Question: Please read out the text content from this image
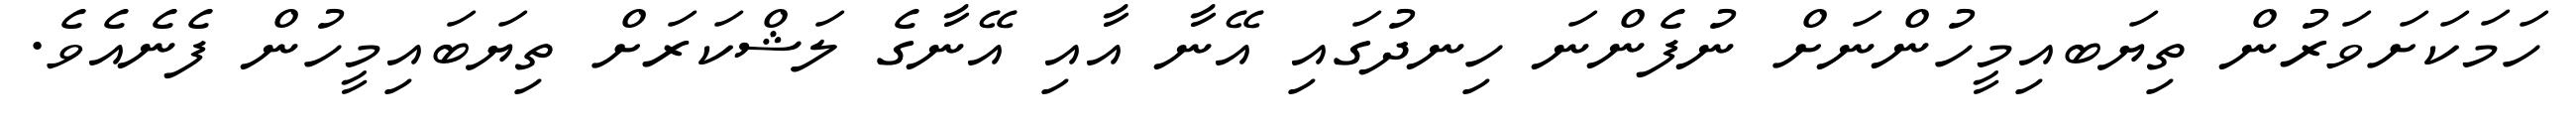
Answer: ހަމަކަށަވަރުން ތިޔަބއިމީހުންނަށް ނުފެންނަ ހިނދުގައި އޭނާ އާއި އޭނާގެ ލަޝްކަރަށް ތިޔަބައިމީހުން ފެނެއެވެ.